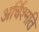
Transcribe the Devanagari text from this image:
अर्चिश्मति